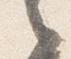
之